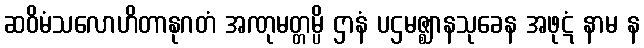
ဆဝိမံသလောဟိတာနုဂတံ အဏုမတ္တမ္ပိ ဌာနံ ပဌမဇ္ဈာနသုခေန အဖုဋံ နာမ န